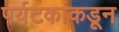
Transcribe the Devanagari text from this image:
पर्यटकांकडून